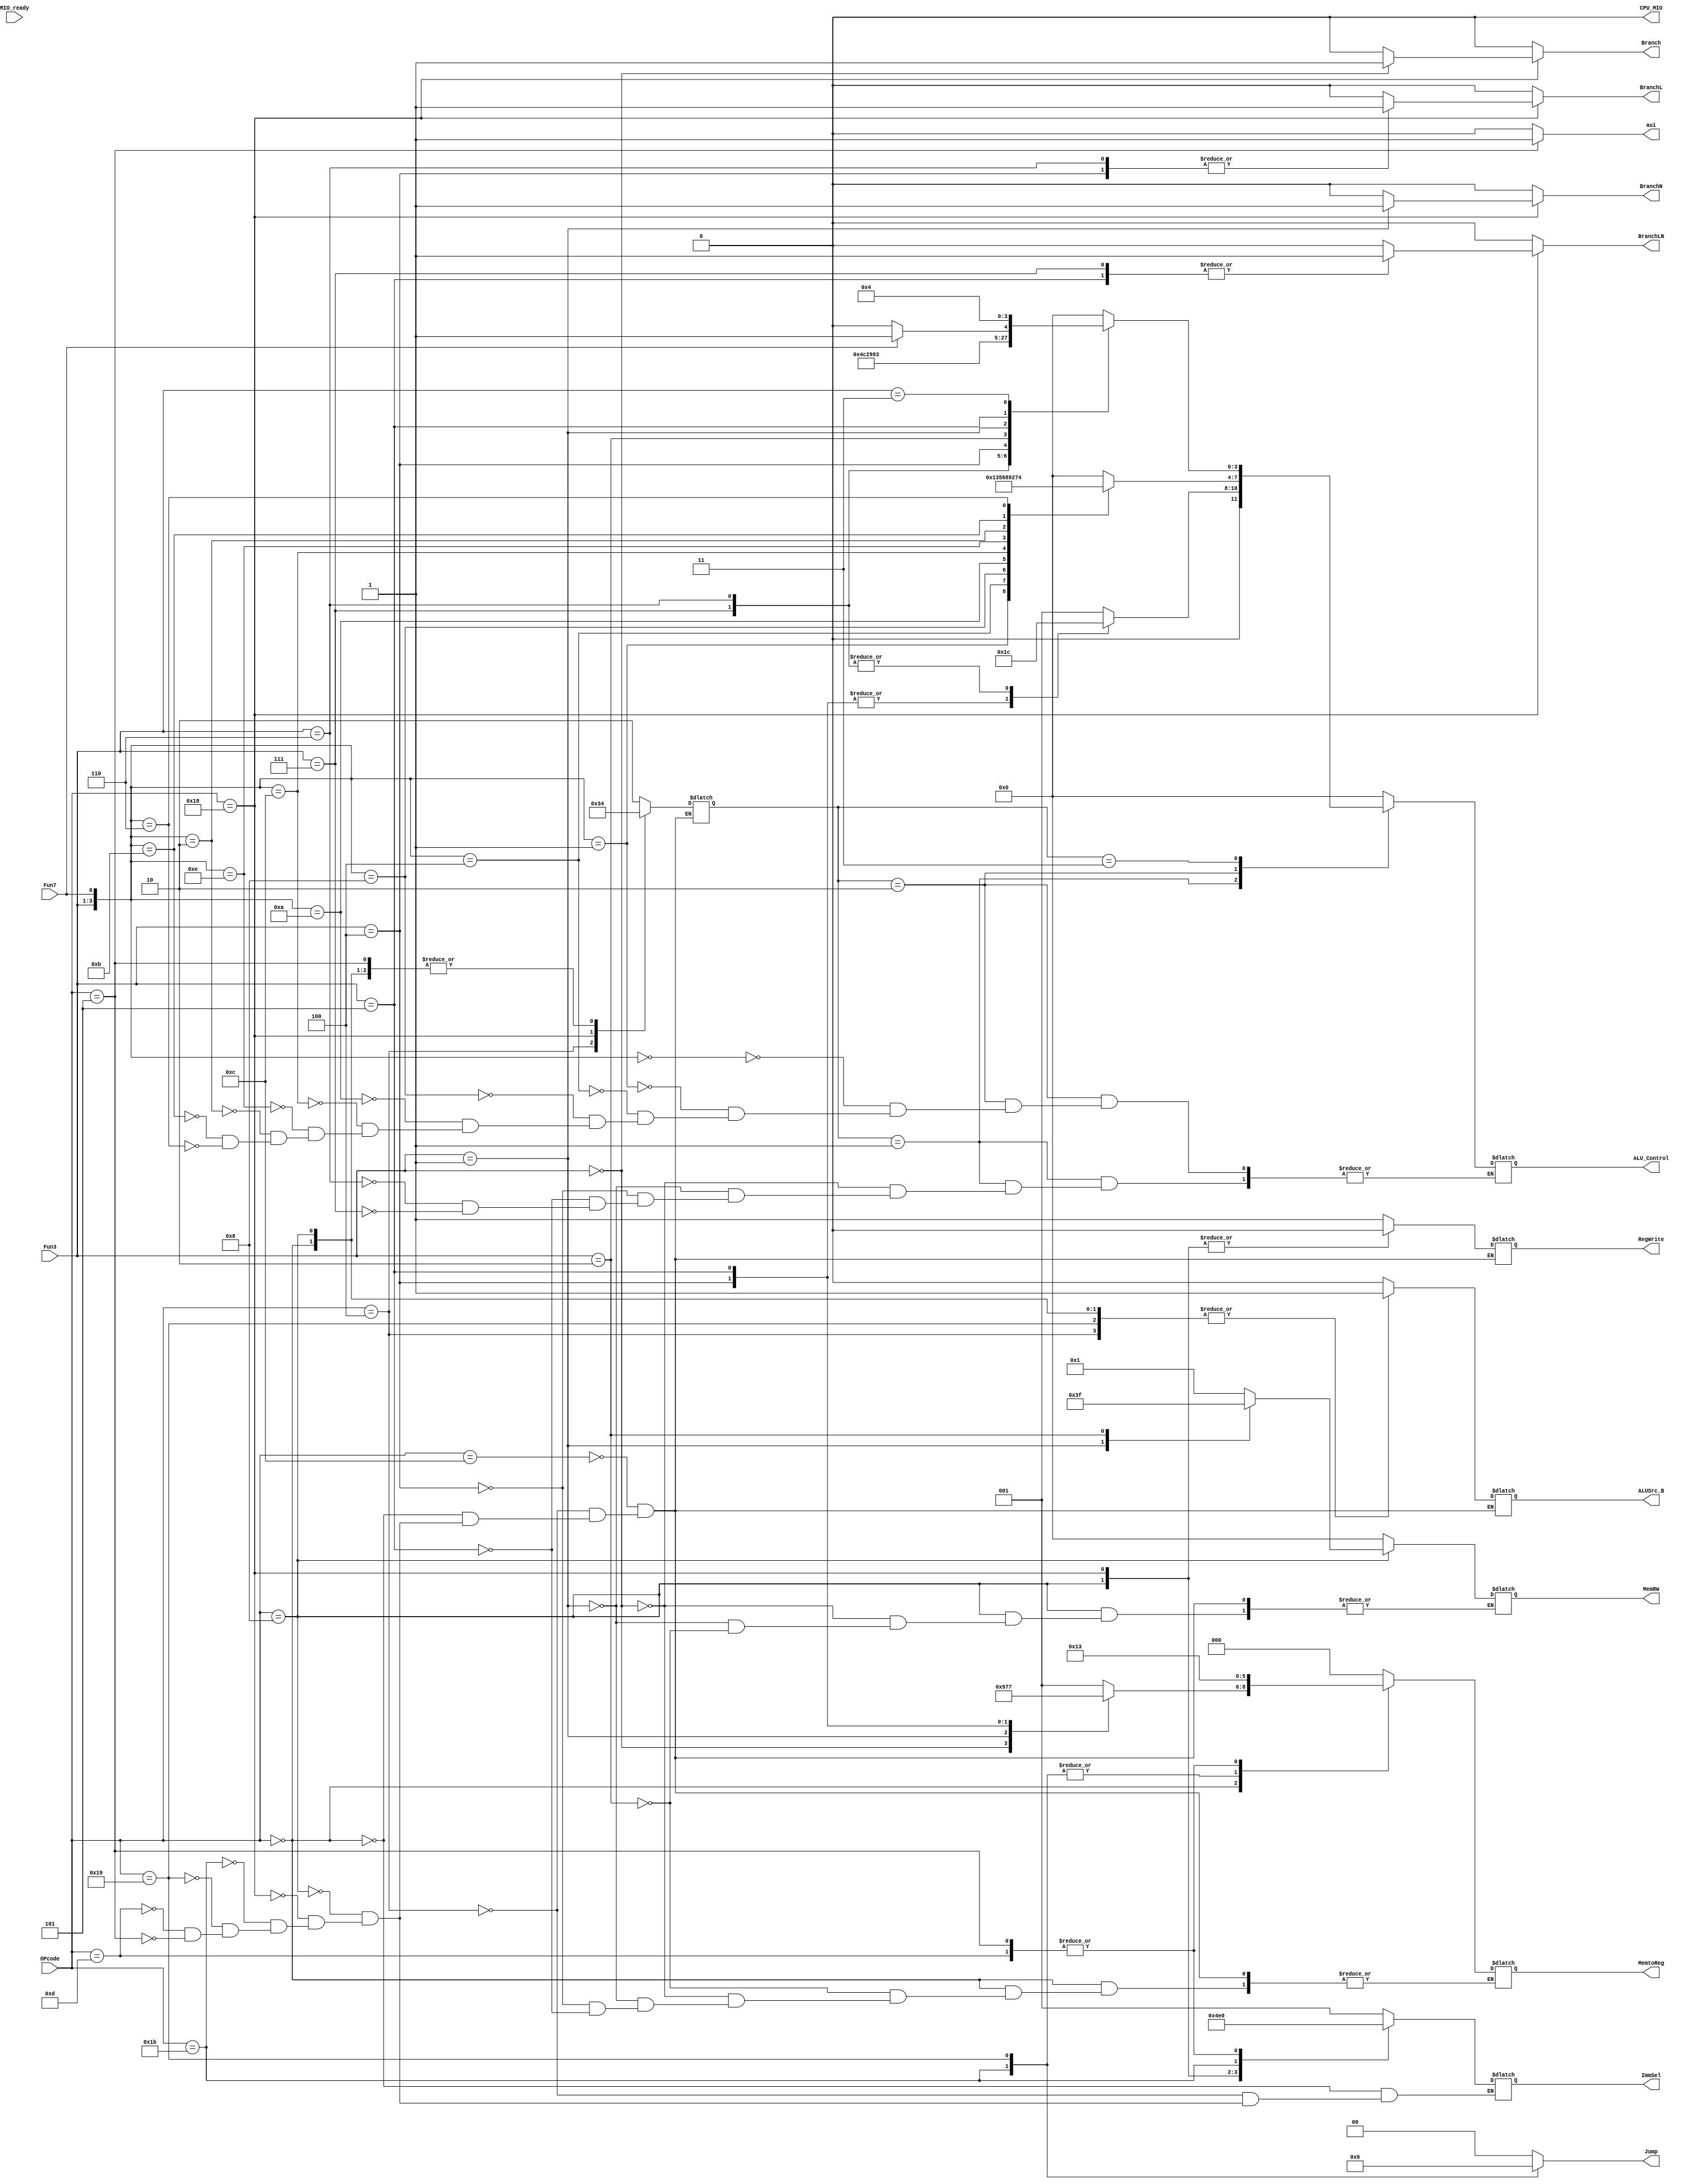
`timescale 1ns / 1ps
module SCPU_ctrl(
    input [4:0]       OPcode,
    input [2:0]       Fun3,
    input             Fun7,
    input             MIO_ready,
    output reg [2:0]  ImmSel,
    output reg        ALUSrc_B,
    output reg [2:0]  MemtoReg,
    output reg [1:0]  Jump,
    output reg        Branch,
    output reg        BranchN,
    output reg        RegWrite,
    output reg [3:0]  MemRW,
    output reg [3:0]  ALU_Control,
    output reg        CPU_MIO,
    output reg        aui,
    output reg        BranchL,
    output reg        BranchLN
);
    reg[1:0] ALU_op;
    always @(*) begin
        case(OPcode)
            5'b00000: ImmSel=3'b001;    //I(lb...)
            5'b00100: ImmSel=3'b001;    //I(addi...)
            5'b01000: ImmSel=3'b010;    //S(sb...)
            5'b11000: ImmSel=3'b011;    //B(beq....)
            5'b11011: ImmSel=3'b100;    //J(jal)
            5'b11001: ImmSel=3'b001;    //J(jalr)
            5'b01101: ImmSel=3'b000;    //U(lui)
            5'b00101: ImmSel=3'b000;    //U(auipc)
        endcase
    end

    always @(*) begin
        Jump=2'b00;
        Branch=1'b0;
        BranchN=1'b0;
        BranchL=1'b0;
        BranchLN=1'b0;
        aui=(OPcode==5'b00101) ? 1'b1 : 1'b0;
        case(OPcode)
        5'b01100:begin      //R
            ALUSrc_B=1'b0;
            MemtoReg=3'b000;
            RegWrite=1'b1;
            MemRW=4'b0000;
            ALU_op=2'b10;
        end
        5'b00100:begin      //I(addi...)
            ALUSrc_B=1'b1;
            MemtoReg=3'b000;
            RegWrite=1'b1;
            MemRW=4'b0000;
            ALU_op=2'b11;
        end
        5'b00000:begin      //I(lb...)
            ALUSrc_B=1'b1;
                case(Fun3)
                3'b010: MemtoReg=3'b001;    //lw
                3'b000: MemtoReg=3'b100;    //lb
                3'b001: MemtoReg=3'b101;    //lh
                3'b100: MemtoReg=3'b110;    //lbu
                3'b101: MemtoReg=3'b111;    //lhu
                endcase
            RegWrite=1'b1;
            MemRW=4'b0000;
            ALU_op=2'b00;
        end
        5'b01000:begin      //S
            ALUSrc_B=1'b1;
            MemtoReg=3'b000;
            RegWrite=1'b0;
                case(Fun3)
                3'b000: MemRW=4'b0001;    //sb
                3'b001: MemRW=4'b0011;    //sh
                3'b010: MemRW=4'b1111;    //sw
                endcase
            ALU_op=2'b00;
        end
        5'b11000:begin      //B
            ALUSrc_B=1'b0;
            MemtoReg=3'b000;
            RegWrite=1'b0;
            MemRW=4'b0000;
            ALU_op=2'b01;
                case(Fun3)
                3'b000: Branch=1'b1;    //beq
                3'b001: BranchN=1'b1;   //bne
                3'b100: BranchL=1'b1;   //blt
                3'b101: BranchLN=1'b1;  //bge
                3'b110: BranchL=1'b1;   //bltu
                3'b111: BranchLN=1'b1;  //bgeu
                endcase
        end
        5'b11011:begin      //J(jal)
            ALUSrc_B=1'b0;
            MemtoReg=3'b010;
            RegWrite=1'b1;
            MemRW=4'b0000;
            Jump=2'b01;
            ALU_op=2'b00;
        end
        5'b11001:begin      //J(jalr)
            ALUSrc_B=1'b1;
            MemtoReg=3'b010;
            RegWrite=1'b1;
            MemRW=4'b0000;
            Jump=2'b10;
            ALU_op=2'b00;
        end
        5'b01101:begin      //lui
            ALUSrc_B=1'b0;
            MemtoReg=3'b011;
            RegWrite=1'b1;
            MemRW=4'b0000;
            ALU_op=2'b00;
        end
        5'b00101:begin      //auipc
            ALUSrc_B=1'b0;
            MemtoReg=3'b011;
            RegWrite=1'b1;
            MemRW=4'b0000;
            ALU_op=2'b00;
        end
        endcase
    end

    always @(*) begin
        case(ALU_op)
        2'b00: ALU_Control=4'b0000;     //S, I(lb...)
        2'b01:      //B 
            case(Fun3)
            3'b000: ALU_Control=4'b0001;    //beq
            3'b001: ALU_Control=4'b0001;    //bne
            3'b100: ALU_Control=4'b0011;    //blt
            3'b101: ALU_Control=4'b0011;    //bge
            3'b110: ALU_Control=4'b0100;    //bltu
            3'b111: ALU_Control=4'b0100;    //bgeu
            endcase
        2'b10:      //R
            case({Fun3, Fun7})
            4'b0000: ALU_Control=4'b0000;   //add
            4'b0001: ALU_Control=4'b0001;   //sub
            4'b0100: ALU_Control=4'b0011;   //slt
            4'b1000: ALU_Control=4'b0101;   //xor
            4'b1010: ALU_Control=4'b0110;   //srl
            4'b1100: ALU_Control=4'b1000;   //or
            4'b1110: ALU_Control=4'b1001;   //and
            4'b0010: ALU_Control=4'b0010;   //sll
            4'b1011: ALU_Control=4'b0111;   //sra
            4'b0110: ALU_Control=4'b0100;   //sltu
            endcase
        2'b11:      //I(addi...)
            case(Fun3)
            3'b000: ALU_Control=4'b0000;    //addi
            3'b111: ALU_Control=4'b1001;    //andi
            3'b110: ALU_Control=4'b1000;    //ori
            3'b100: ALU_Control=4'b0101;    //xori
            3'b010: ALU_Control=4'b0011;    //slti
            3'b001: ALU_Control=4'b0010;    //slli
            3'b101:
                case(Fun7)
                1'b0: ALU_Control=4'b0110;    //srli
                1'b1: ALU_Control=4'b0111;    //srai
                endcase
            3'b011: ALU_Control=4'b0100;    //sltiu
            endcase
        endcase
        CPU_MIO=1'b0; 
    end

endmodule